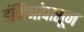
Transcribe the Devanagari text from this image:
इंजिनांपासून